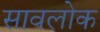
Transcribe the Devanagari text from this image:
सावलोक